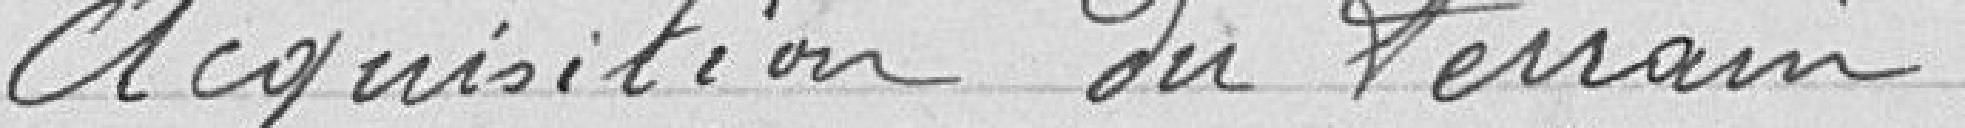
Acquisition du terrain .................  87